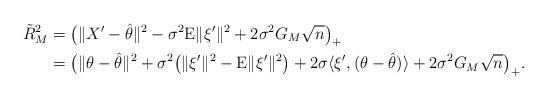
LaTeX: \begin{align*}\tilde{R}^2_M&=\big(\|X'-\hat{\theta}\|^2 -\sigma^2\mathrm{E} \|\xi'\|^2 +2\sigma^2G_M\sqrt{n}\big)_+ \\&=\big(\|\theta-\hat{\theta}\|^2+\sigma^2\big(\|\xi'\|^2-\mathrm{E} \|\xi'\|^2\big)+2\sigma \langle\xi',(\theta-\hat{\theta})\rangle+2\sigma^2G_M\sqrt{n}\big)_+.\end{align*}